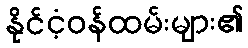
နိုင်ငံ့ဝန်ထမ်းများ၏